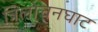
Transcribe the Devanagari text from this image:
त्रिलोचनघाट